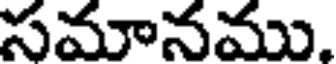
సమానము,